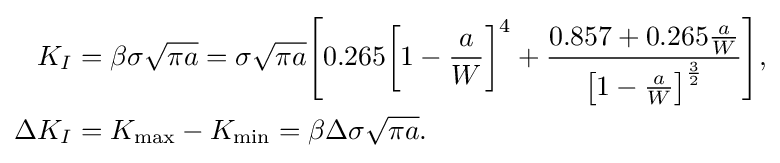
{\begin{aligned}K_{I}&=\beta \sigma {\sqrt {\pi a}}=\sigma {\sqrt {\pi a}}{\Bigg [}0.265{\bigg [}1-{\frac {a}{W}}{\bigg ]}^{4}+{\frac {0.857+0.265{\frac {a}{W}}}{{\big [}1-{\frac {a}{W}}{\big ]}^{\frac {3}{2}}}}{\Bigg ]},\\\Delta K_{I}&=K_{\text{max}}-K_{\text{min}}=\beta \Delta \sigma {\sqrt {\pi a}}.\end{aligned}}